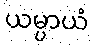
ယမ္ပာယံ